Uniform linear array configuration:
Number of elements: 16
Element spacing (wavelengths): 0.5
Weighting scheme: kaiser
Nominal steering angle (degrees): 30
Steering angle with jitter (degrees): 28.407
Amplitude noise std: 0.05
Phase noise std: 0.05

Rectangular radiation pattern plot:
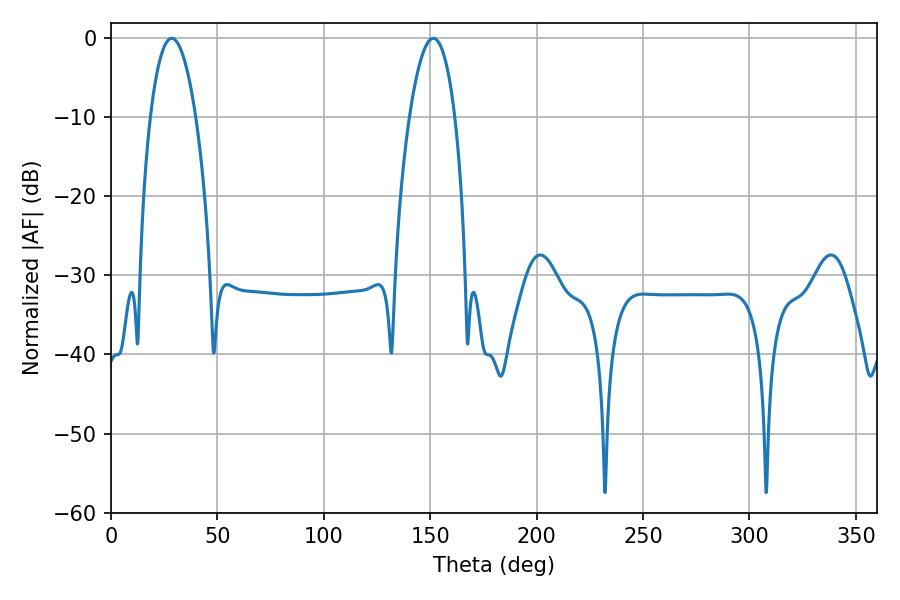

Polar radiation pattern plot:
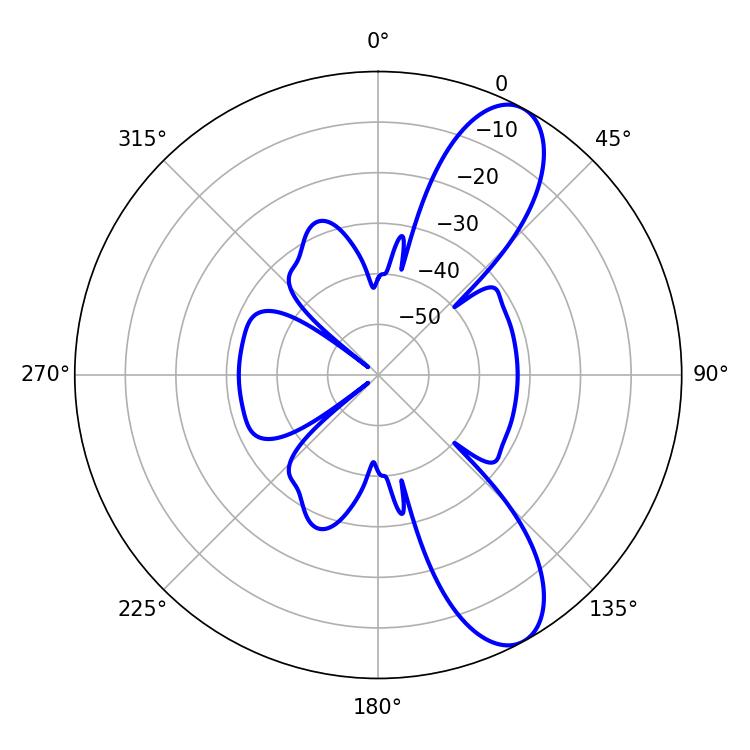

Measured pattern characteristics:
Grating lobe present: FALSE
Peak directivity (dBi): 9.743
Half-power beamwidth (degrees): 11.88
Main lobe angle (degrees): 28.62